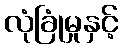
လုံခြုံမှုနှင့်